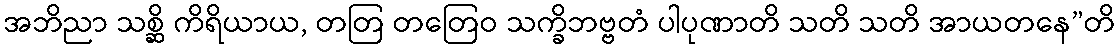
အဘိညာ သစ္ဆိ ကိရိယာယ, တတြ တတြေဝ သက္ခိဘဗ္ဗတံ ပါပုဏာတိ သတိ သတိ အာယတနေ”တိ